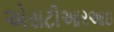
એસટીઆરઆઇ